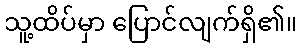
သူ့ထိပ်မှာ ပြောင်လျက်ရှိ၏။